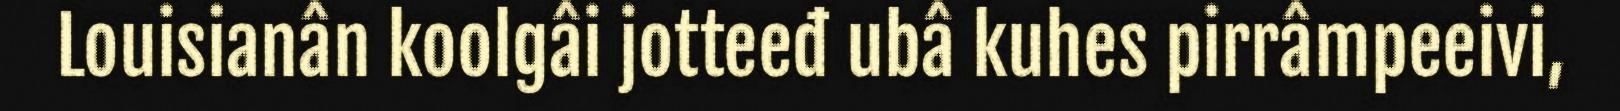
Louisianân koolgâi jotteeđ ubâ kuhes pirrâmpeeivi,